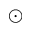
\odot